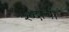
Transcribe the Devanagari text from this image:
श्ब्दाची